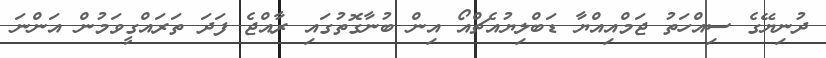
ދުނިޔޭގެ ސިއްހަތު ޖަމްއިއްޔާ ޑަބްލިޔުއެޗްއޯ އިން ބުނާގޮތުގައި ރާއްޖެ ފަދަ ތަރައްގީވަމުން އަންނަ